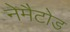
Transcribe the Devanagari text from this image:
नेमैटोड